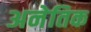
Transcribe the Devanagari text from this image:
अनेतिक